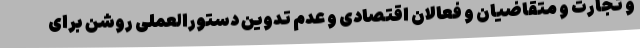
و تجارت و متقاضیان و فعالان اقتصادی و عدم تدوین دستورالعملی روشن برای